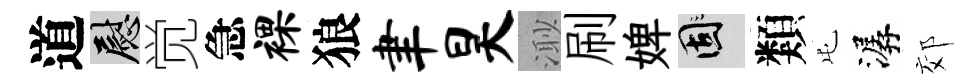
道慰觉急裸狼聿昊𣺌刷婢固類屯潺郊